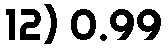
12) 0.99